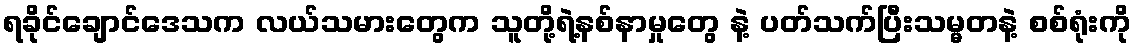
ရခိုင်ချောင်ဒေသက လယ်သမားတွေက သူတို့ရဲ့နစ်နာမှုတွေ နဲ့ ပတ်သက်ပြီးသမ္မတနဲ့ စစ်ရုံးကို